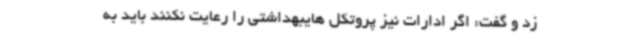
زد و گفت: اگر ادارات نیز پروتکل هایبهداشتی را رعایت نکنند باید به